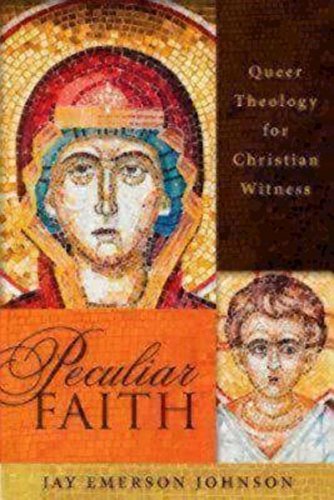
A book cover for Peculiar Faith: Queer Theology for Christian Witness; Jay Emerson Johnson; Christian Books & Bibles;